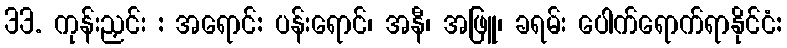
33. ကုန်းညှင်း : အရောင်: ပန်းရောင်၊ အနီ၊ အဖြူ၊ ခရမ်း ပေါက်ရောက်ရာနိုင်ငံ: